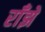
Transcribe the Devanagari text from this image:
राँझे